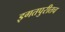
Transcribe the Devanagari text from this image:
इगतपुरीतच